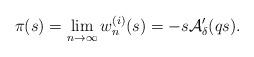
LaTeX: \begin{align*} \pi(s)=\lim_{n\to \infty}w_n^{(i)}(s)=-s\mathcal{A}'_{\delta}(qs).\end{align*}